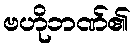
ဗဟိုဘဏ်၏